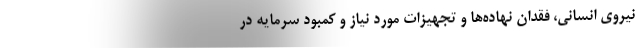
نیروی انسانی، فقدان نهاده‌ها و تجهیزات مورد نیاز و کمبود سرمایه در